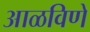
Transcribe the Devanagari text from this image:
आळविणे